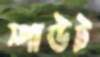
স্পাউট